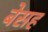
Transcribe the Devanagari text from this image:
बेसह